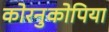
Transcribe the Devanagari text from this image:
कोरनुकोपिया